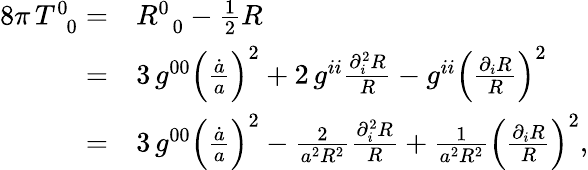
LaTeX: \begin{array}{rl}{8\pi\, T_{\, \, \, 0}^{0}=}&{R_{\, \, \, 0}^{0}-\frac{1}{2}R}\\ {=}&{3\, g^{00}\left(\frac{\dot{a}}{a}\right)^{2}+2\, g^{ii}\frac{\partial_{i}^{2}R}{R}-g^{ii}\left(\frac{\partial_{i}R}{R}\right)^{2}}\\ {=}&{3\, g^{00}\left(\frac{\dot{a}}{a}\right)^{2}-\frac{2}{a^{2}R^{2}}\frac{\partial_{i}^{2}R}{R}+\frac{1}{a^{2}R^{2}}\left(\frac{\partial_{i}R}{R}\right)^{2},}\end{array}